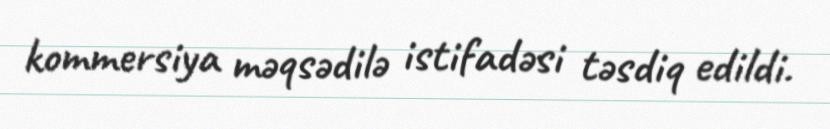
kommersiya məqsədilə istifadəsi təsdiq edildi.